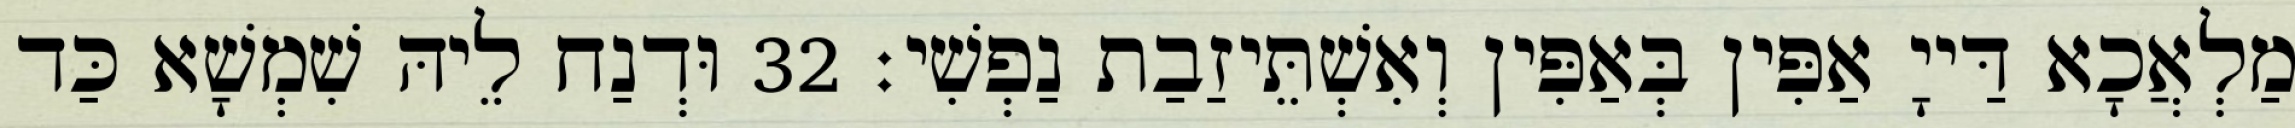
מַלְאֲכָא דַּייָ אַפִּין בְּאַפִּין וְאִשְׁתֵּיזַבַת נַפְשִׁי׃ 32 וּדְנַח לֵיהּ שִׁמְשָׁא כַּד